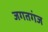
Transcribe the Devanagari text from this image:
जगतगंज